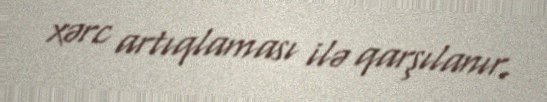
xərc artıqlaması ilə qarşılanır.